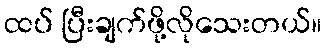
ထပ် ပြီးချက်ဖို့လိုသေးတယ်။